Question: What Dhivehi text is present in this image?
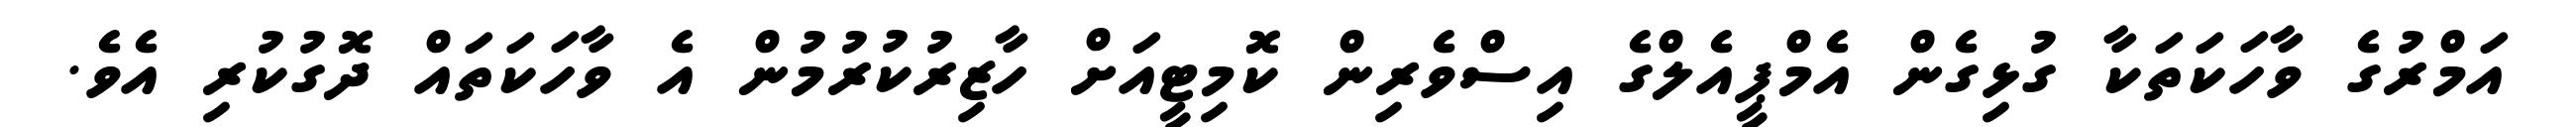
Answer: އަމްރުގެ ވާހަކަތަކާ ގުޅިގެން އެމްޕީއެލްގެ އިސްވެރިން ކޮމިޓީއަށް ހާޒިރުކުރުމުން އެ ވާހަކަތައް ދޮގުކުރި އެވެ.